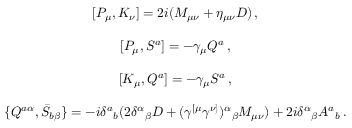
\begin{array} { c } { { { } [ P _ { \mu } , K _ { \nu } ] = 2 i ( M _ { \mu \nu } + \eta _ { \mu \nu } D ) \, , } } \\ { { { } } } \\ { { { } [ P _ { \mu } , S ^ { a } ] = - \gamma _ { \mu } Q ^ { a } \, , } } \\ { { { } } } \\ { { { } [ K _ { \mu } , Q ^ { a } ] = - \gamma _ { \mu } S ^ { a } \, , } } \\ { { { } } } \\ { { { } \{ Q ^ { a \alpha } , \bar { S } _ { b \beta } \} = - i \delta ^ { a } { } _ { b } ( 2 \delta ^ { \alpha } { } _ { \beta } D + ( \gamma ^ { [ \mu } \gamma ^ { \nu ] } ) ^ { \alpha } { } _ { \beta } M _ { \mu \nu } ) + 2 i \delta ^ { \alpha } { } _ { \beta } A ^ { a } { } _ { b } \, . } } \end{array}